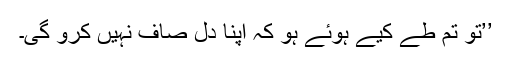
’’تو تم طے کیے ہوئے ہو کہ اپنا دل صاف نہیں کرو گی۔